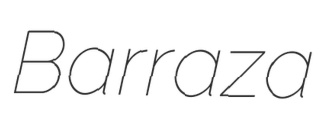
Barraza